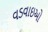
વડવાઇઓ